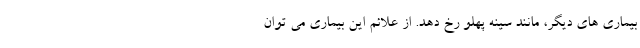
بیماری های دیگر، مانند سینه پهلو رخ دهد. از علائم این بیماری می توان